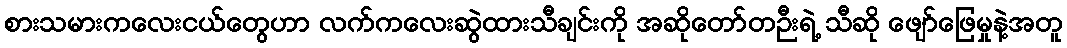
စားသမားကလေးငယ်တွေဟာ လက်ကလေးဆွဲထားသီချင်းကို အဆိုတော်တဉီးရဲ့ သီဆို ဖျော်ဖြေမှုနဲ့အတူ